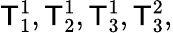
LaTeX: \mathsf{T}_{1}^{1},\mathsf{T}_{2}^{1},\mathsf{T}_{3}^{1},\mathsf{T}_{3}^{2},